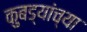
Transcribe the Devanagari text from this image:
कुबड्यांच्या